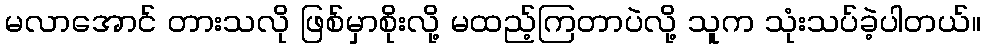
မလာအောင် တားသလို ဖြစ်မှာစိုးလို့ မထည့်ကြတာပဲလို့ သူက သုံးသပ်ခဲ့ပါတယ်။